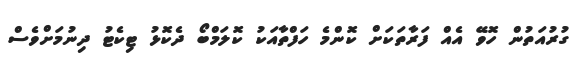
ގުރުއަތުން ހޮވޭ އެއް ފަރާތަކަށް ކޮންމެ ހަފްތާއަކު ކޮލަމްބޯ ދެކޮޅު ޓިކެޓު ދިނުމަށްވެސް